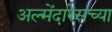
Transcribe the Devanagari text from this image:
अल्मेंदारेसच्या